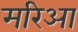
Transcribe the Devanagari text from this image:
मरिआ